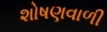
શોષણવાળી